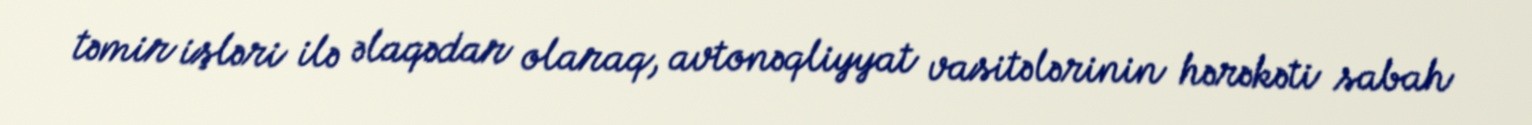
təmir işləri ilə əlaqədar olaraq, avtonəqliyyat vasitələrinin hərəkəti sabah